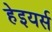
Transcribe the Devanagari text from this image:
हेइयर्स